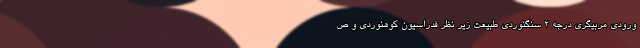
ورودی مربیگری درجه ۲ سنگنوردی طبیعت زیر نظر فدراسیون کوهنوردی و ص